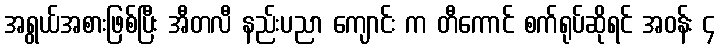
အရွယ်အစားဖြစ်ပြီး အီတလီ နည်းပညာ ကျောင်း က တီကောင် စက်ရုပ်ဆိုရင် အဝန်း ၄